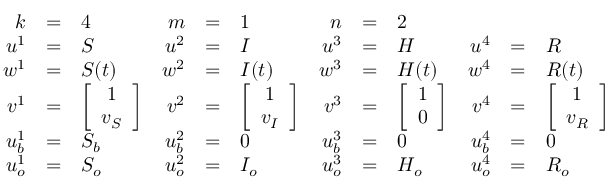
\begin{array} { r c l r c l r c l r c l } { k } & { = } & { 4 } & { m } & { = } & { 1 } & { n } & { = } & { 2 } \\ { u ^ { 1 } } & { = } & { S } & { u ^ { 2 } } & { = } & { I } & { u ^ { 3 } } & { = } & { H } & { u ^ { 4 } } & { = } & { R } \\ { w ^ { 1 } } & { = } & { S ( t ) } & { w ^ { 2 } } & { = } & { I ( t ) } & { w ^ { 3 } } & { = } & { H ( t ) } & { w ^ { 4 } } & { = } & { R ( t ) } \\ { v ^ { 1 } } & { = } & { \left[ \begin{array} { c } { 1 } \\ { v _ { S } } \end{array} \right] } & { v ^ { 2 } } & { = } & { \left[ \begin{array} { c } { 1 } \\ { v _ { I } } \end{array} \right] } & { v ^ { 3 } } & { = } & { \left[ \begin{array} { c } { 1 } \\ { 0 } \end{array} \right] } & { v ^ { 4 } } & { = } & { \left[ \begin{array} { c } { 1 } \\ { v _ { R } } \end{array} \right] } \\ { u _ { b } ^ { 1 } } & { = } & { S _ { b } } & { u _ { b } ^ { 2 } } & { = } & { 0 } & { u _ { b } ^ { 3 } } & { = } & { 0 } & { u _ { b } ^ { 4 } } & { = } & { 0 } \\ { u _ { o } ^ { 1 } } & { = } & { S _ { o } } & { u _ { o } ^ { 2 } } & { = } & { I _ { o } } & { u _ { o } ^ { 3 } } & { = } & { H _ { o } } & { u _ { o } ^ { 4 } } & { = } & { R _ { o } } \end{array}